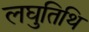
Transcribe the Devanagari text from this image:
लघुतिथि